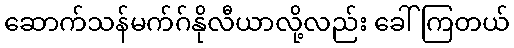
ဆောက်သန်မက်ဂ်နိုလီယာလို့လည်း ခေါ်ကြတယ်